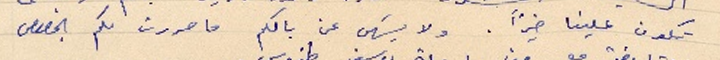
تكون علينا خيراً. ولا يسَهى عن بالكم ما حررت لكم بخصوص